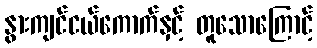
နွားကျင်ငယ်ကောက်နှင့် တူသောကြောင့်